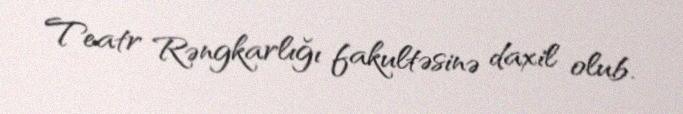
Teatr Rəngkarlığı fakultəsinə daxil olub.